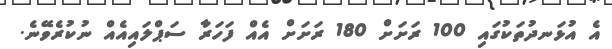
އެ އުޅަނދުތަކުގައި 100 ރަށަށް 180 ރަށަށް އެއް ފަހަރާ ސަޕްލައިއެއް ނުކުރެވޭނެ.